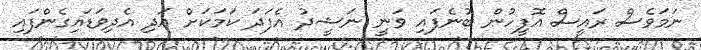
ނަމަވެސް ރައީސް އޮފީހުން ބުނެފައި ވަނީ ނަޝީދު އެފަދަ ކަމަކަށް އަދި އެދިވަޑައިގެންފައި